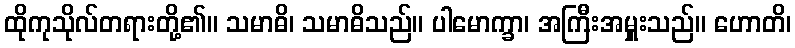
ထိုကုသိုလ်တရားတို့၏။ သမာဓိ၊ သမာဓိသည်။ ပါမောက္ခာ၊ အကြီးအမှူးသည်။ ဟောတိ၊